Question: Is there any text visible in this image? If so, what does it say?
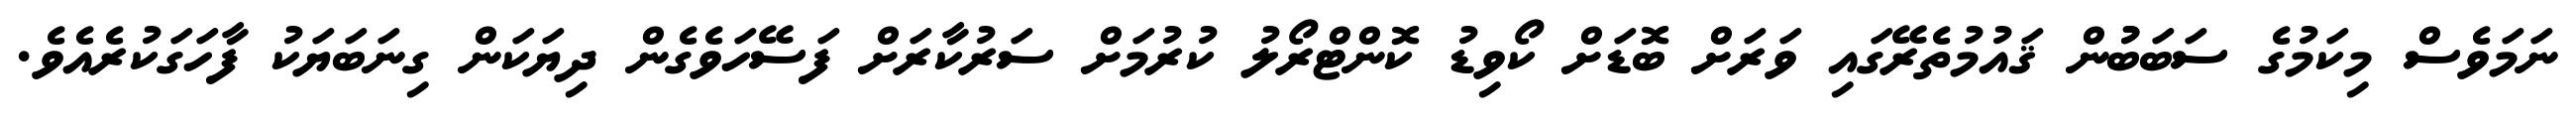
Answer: ނަމަވެސް މިކަމުގެ ސަބަބުުން ޤައުމުތެރޭގައި ވަރަށް ބޮޑަށް ކޯވިޑު ކޮންޓްރޯލު ކުރުމަށް ސަރުކާރަށް ފަސޭހަވެގެން ދިޔަކަން ގިނަބަޔަކު ފާހަގަކުރެއެވެ.